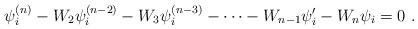
LaTeX: \begin{align*}\psi _{i}^{(n)}-W_{2}\psi _{i}^{(n-2)}-W_{3}\psi _{i}^{(n-3)}-\dots -W_{n-1}\psi ^{\prime }_{i}-W_{n}\psi _{i}=0\, \, .\end{align*}